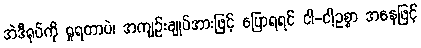
အဲဒီရုပ်ကို ရှုရတာပဲ၊ အကျဉ်းချုပ်အားဖြင့် ပြောရရင် ငါ-ငါ့ဥစ္စာ အနေဖြင့်